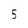
Character: 5